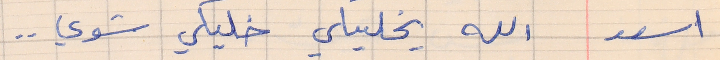
اسعد    الله يخليكي خليكي شوي . .